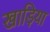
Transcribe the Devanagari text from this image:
खाड़िया